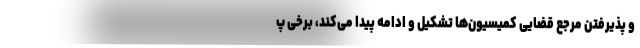
و پذیرفتن مرجع قضایی کمیسیون‌ها تشکیل و ادامه پیدا می‌کند، برخی پ